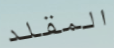
المقلد